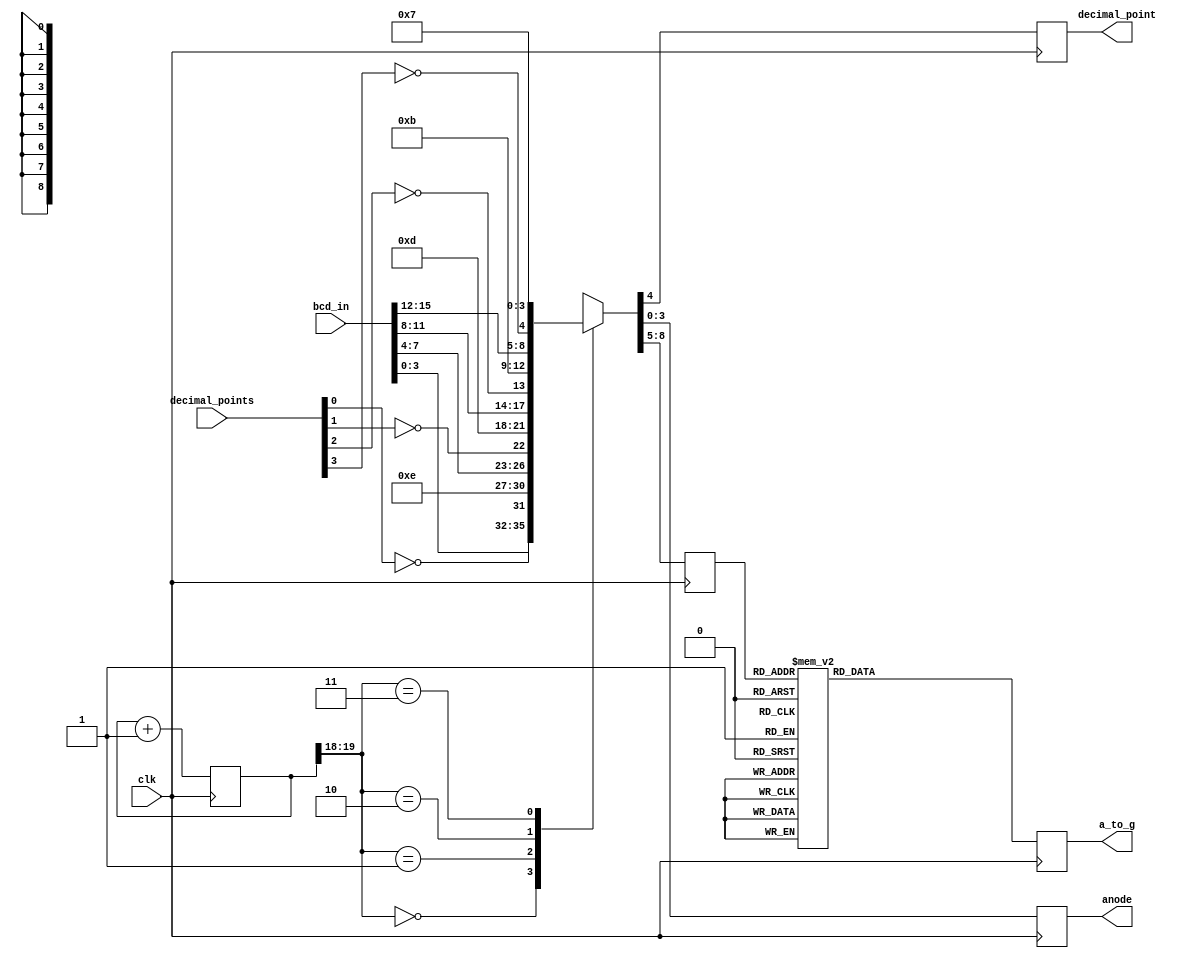
module seven_segment_display_x_4(
    input [15:0] bcd_in,
    input [3:0] decimal_points,
    input clk,
    output reg [6:0] a_to_g,
    output reg decimal_point,
    output reg [3:0] anode
    );
    
wire [1:0] counter;
reg [3:0] digit;
reg [19:0] clkdiv;    
         
assign counter = clkdiv[19:18];   //count every 2.6 ms  (with 100 MHz clock)
    
//4 to 1 MUX
always @(posedge clk)
    case(counter)
        0: {digit, decimal_point, anode} = {bcd_in[3:0], ~decimal_points[0],  4'b1110};
        1: {digit, decimal_point, anode} = {bcd_in[7:4], ~decimal_points[1],  4'b1101};
        2: {digit, decimal_point, anode} = {bcd_in[11:8], ~decimal_points[2], 4'b1011};
        3: {digit, decimal_point, anode} = {bcd_in[15:12], ~decimal_points[3],4'b0111};
     endcase
    
//7-segment decoder 
always @(posedge clk)
     case(digit)
        0: a_to_g = 8'b1000000;  // 8'b0000001;
        1: a_to_g = 8'b1111001;  // 8'b1001111;
        2: a_to_g = 8'b0100100;  // 8'b0010010;
        3: a_to_g = 8'b0110000;  // 8'b0000110;
        4: a_to_g = 8'b0011001;  // 8'b1001100;
        5: a_to_g = 8'b0010010;  // 8'b0100100;
        6: a_to_g = 8'b0000010;  // 8'b0100000;
        7: a_to_g = 8'b1111000;  // 8'b0001111;
        8: a_to_g = 8'b0000000;  // 8'b0000000;
        9: a_to_g = 8'b0010000;  // 8'b0000100;
        default: a_to_g = 8'b11111111;  //default to blank
    endcase
          
         
//clock divider 
always  @ (posedge clk)
       begin
        clkdiv <= clkdiv + 20'b1;
       end 
           
endmodule